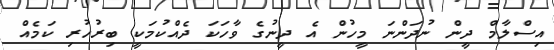
އިސްލާމް ދީން ނުދަންނަ މީހުން އެ ދީނުގެ ވާހަކަ ދެއްކުމަކީ ބިރުހުރި ކަމެއް